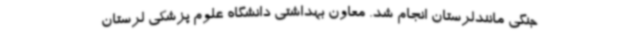
جنگی مانندلرستان انجام شد. معاون بهداشتی دانشگاه علوم پزشکی لرستان